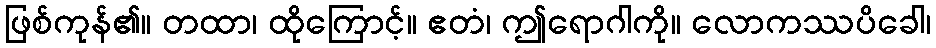
ဖြစ်ကုန်၏။ တထာ၊ ထိုကြောင့်။ ဧတံ၊ ဤရောဂါကို။ လောကဿပိခေါ၊